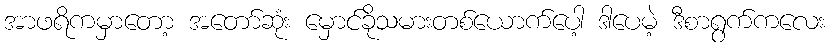
အာဖရိကမှာတော့ အတော်ဆုံး မှောင်ခိုသမားတစ်ယောက်ပေါ့ ဒါပေမဲ့ ဒီစာရွက်ကလေး